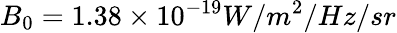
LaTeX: B_{0}=1.38\times 10^{-19}W/m^{2}/Hz/sr